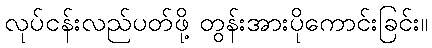
လုပ်ငန်းလည်ပတ်ဖို့ တွန်းအားပိုကောင်းခြင်း။